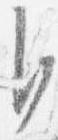
自